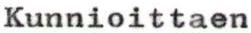
Kunnioittaen